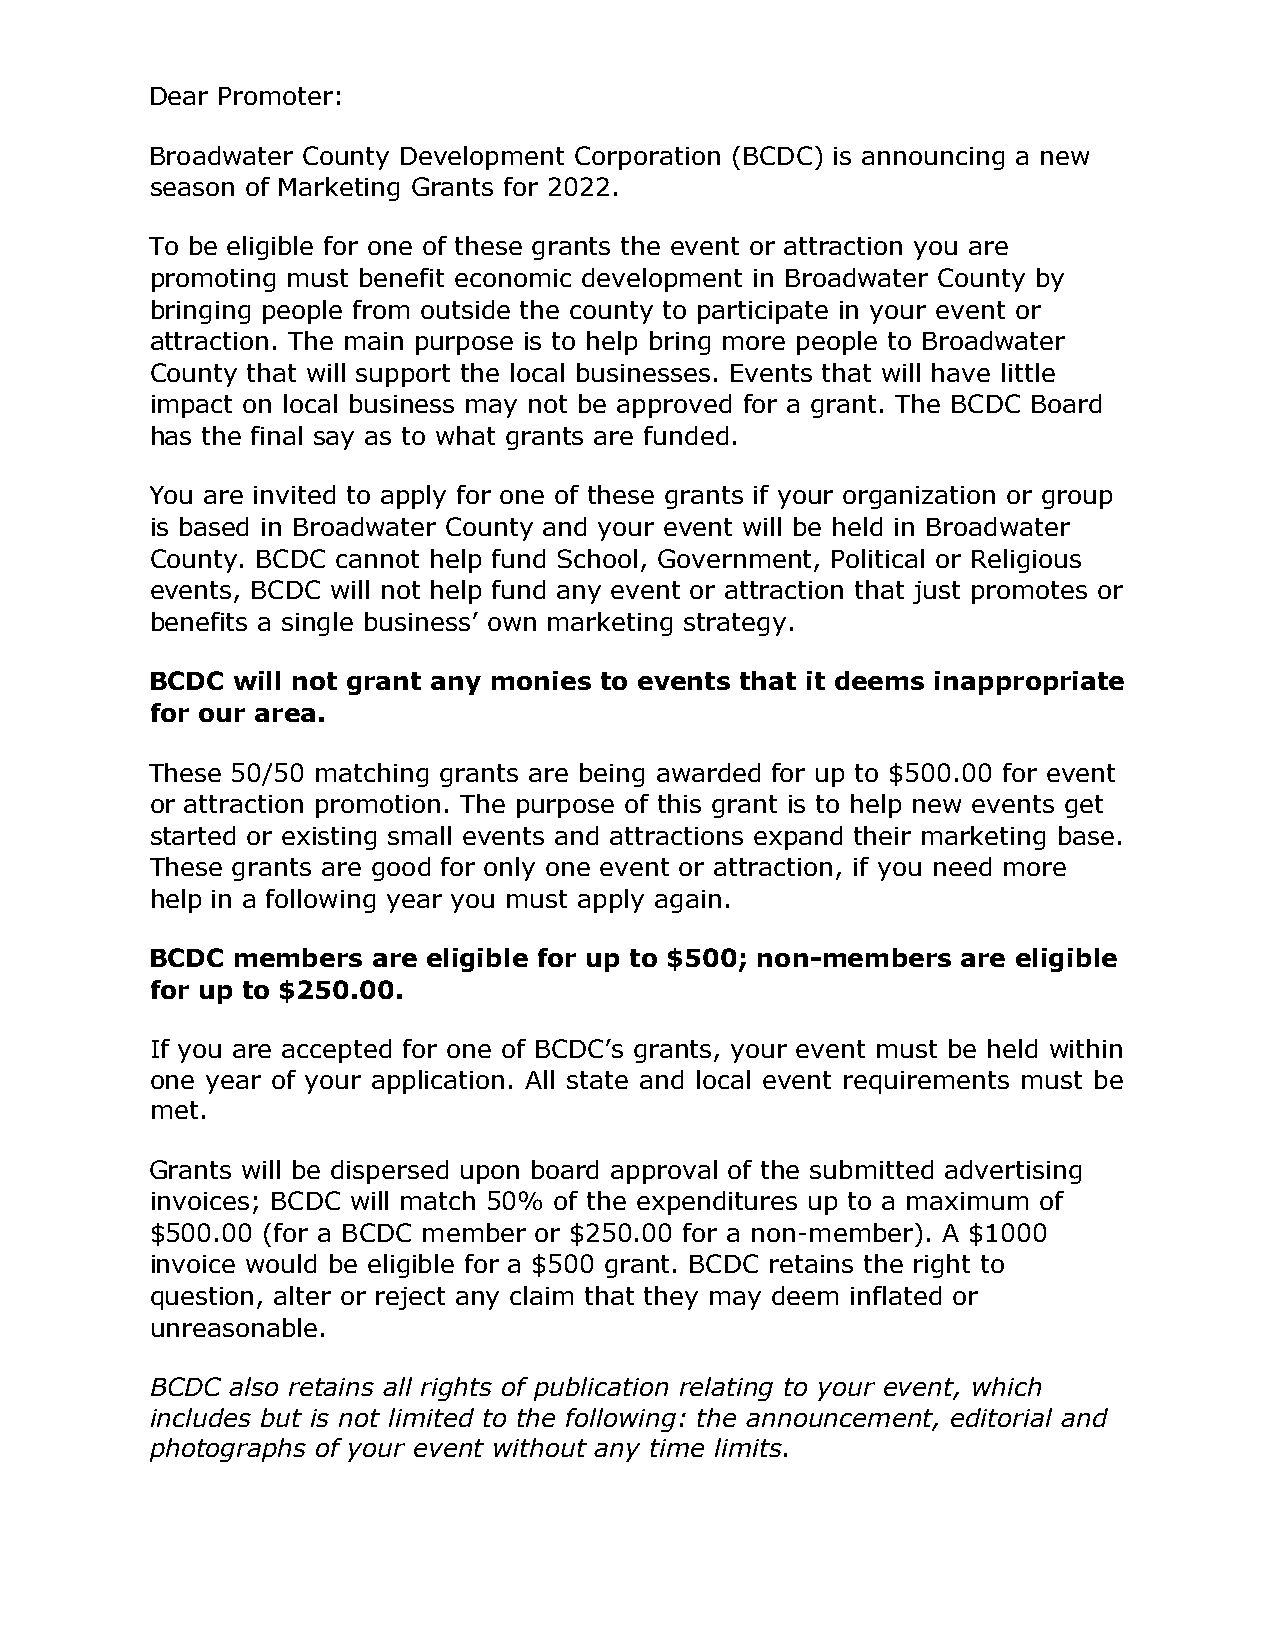
Dear Promoter:
 Broadwater County Development Corporation (BCDC) is announcing a new
 season of Marketing Grants for 2022.
 To be eligible for one of these grants the event or attraction you are
 promoting must benefit economic development in Broadwater County by
 bringing people from outside the county to participate in your event or
 attraction. The main purpose is to help bring more people to Broadwater
 County that will support the local businesses. Events that will have little
 impact on local business may not be approved for a grant. The BCDC Board
 has the final say as to what grants are funded.
 You are invited to apply for one of these grants if your organization or group
 is based in Broadwater County and your event will be held in Broadwater
 County. BCDC cannot help fund School, Government, Political or Religious
 events, BCDC will not help fund any event or attraction that just promotes or
 benefits a single business’ own marketing strategy.
 BCDC will not grant any monies to events that it deems inappropriate
 for our area.
 These 50/50 matching grants are being awarded for up to $500.00 for event
 or attraction promotion. The purpose of this grant is to help new events get
 started or existing small events and attractions expand their marketing base.
 These grants are good for only one event or attraction, if you need more
 help in a following year you must apply again.
 BCDC members   are eligible for up to $500; non-members are eligible
 for up to $250.00.
 If you are accepted for one of BCDC’s grants, your event must be held within
 one year of your application. All state and local event requirements must be
 met.
 Grants will be dispersed upon board approval of the submitted advertising
 invoices; BCDC will match 50% of the expenditures up to a maximum of
 $500.00 (for a BCDC member or $250.00 for a non-member). A $1000
 invoice would be eligible for a $500 grant. BCDC retains the right to
 question, alter or reject any claim that they may deem inflated or
 unreasonable.
 BCDC also retains all rights of publication relating to your event, which
 includes but is not limited to the following: the announcement, editorial and
 photographs of your event without any time limits.